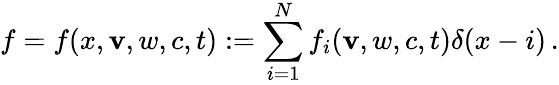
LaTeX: f=f(x,\mathbf{v},w,c,t):=\sum_{i=1}^{N}f_{i}(\mathbf{v},w,c,t)\delta(x-i)\, .